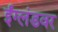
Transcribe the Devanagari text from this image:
ईंग्लंडवर